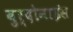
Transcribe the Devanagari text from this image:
बुर्दोनाईस